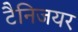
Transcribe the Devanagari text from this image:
टैनिजयर